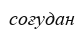
соғудан